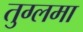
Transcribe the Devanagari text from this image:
तुग्लमा